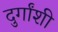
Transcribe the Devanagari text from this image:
दुर्गांशी